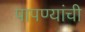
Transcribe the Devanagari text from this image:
पापण्यांची